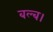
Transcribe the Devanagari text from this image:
बल्ब।